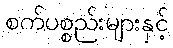
စက်ပစ္စည်းများနှင့်